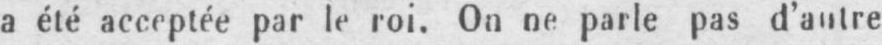
a été acceptée par le roi. On ne parle pas d’autre